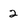
Character: 2